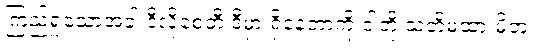
ကြည့်ရှုသောအခါ ဒီလိုစေတီ ဒီမှာ ရှိနေတာကို ငါတို့ သတိမထားမိဘူး။